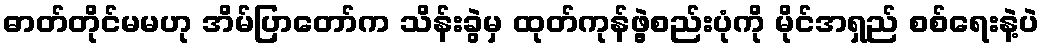
ဓာတ်တိုင်မမဟု အိမ်ပြာတော်က သိန်းခွဲမှ ထုတ်ကုန်ဖွဲ့စည်းပုံကို မိုင်အရှည် စစ်ရေးနဲ့ပဲ